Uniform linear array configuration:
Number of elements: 48
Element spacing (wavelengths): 0.25
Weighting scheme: cosine
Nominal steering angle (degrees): -30
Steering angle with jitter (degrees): -29.475
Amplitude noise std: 0.05
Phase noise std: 0.05

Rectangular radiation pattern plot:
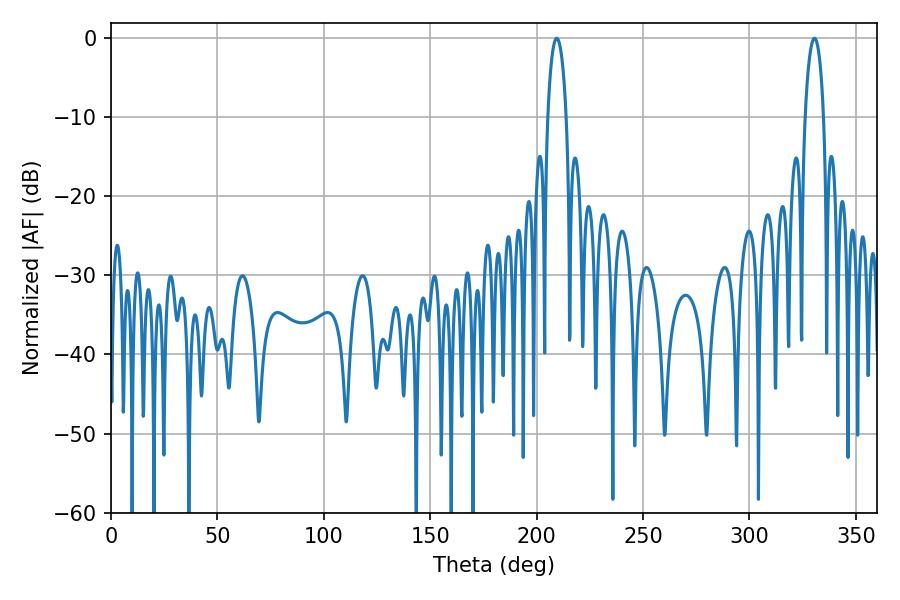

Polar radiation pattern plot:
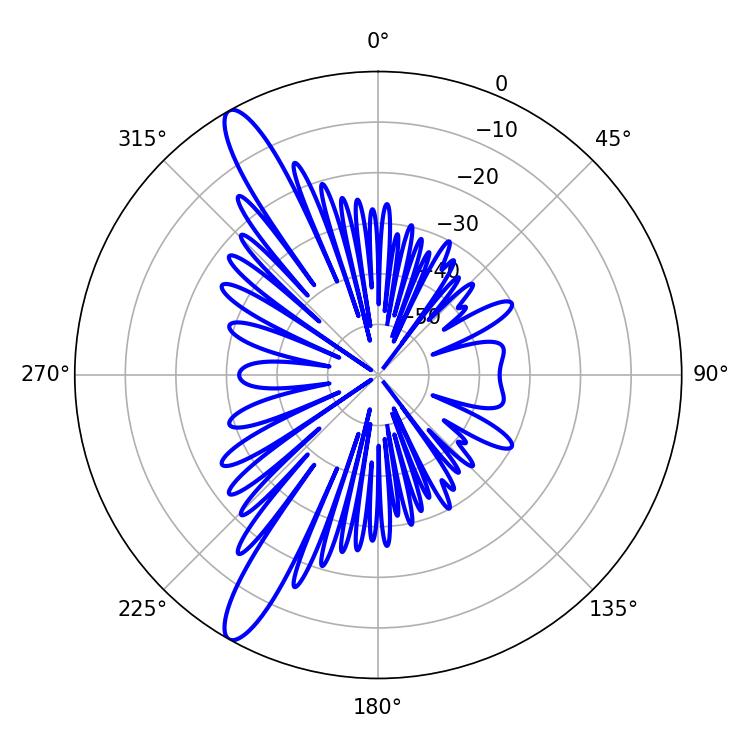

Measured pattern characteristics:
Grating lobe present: FALSE
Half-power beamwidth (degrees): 5.04
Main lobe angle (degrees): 209.52